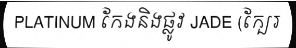
PLATINUM កែងនិងផ្លូវ JADE (ក្បែរ